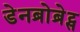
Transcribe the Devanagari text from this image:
डेनब्रोब्रेट्स